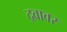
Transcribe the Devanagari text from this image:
द्रवावर